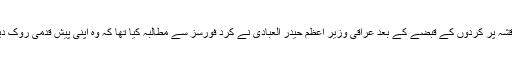
قرقشہ پر کردوں کے قبضے کے بعد عراقی وزیر اعظم حیدر العبادی نے کرد فورسز سے مطالبہ کیا تھا کہ وہ اپنی پیش قدمی روک دیں۔